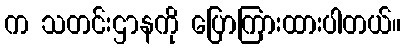
က သတင်းဌာနကို ပြောကြားထားပါတယ်။